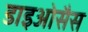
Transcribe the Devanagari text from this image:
डाइओसैस